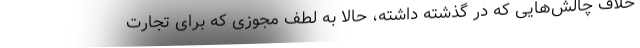
خلاف چالش‌هایی که در گذشته داشته، حالا به لطف مجوزی که برای تجارت